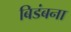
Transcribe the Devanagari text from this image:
बिडंबना